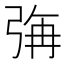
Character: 𭚳